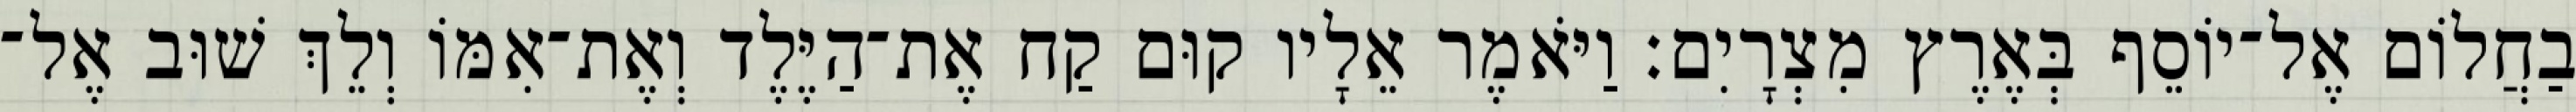
בַחֲלוֹם אֶל־יוֹסֵף בְּאֶרֶץ מִצְרָיִם׃ וַיֹּאמֶר אֵלָיו קוּם קַח אֶת־הַיֶּלֶד וְאֶת־אִמּוֹ וְלֵךְ שׁוּב אֶל־